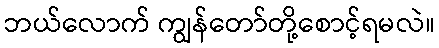
ဘယ်လောက် ကျွန်တော်တို့စောင့်ရမလဲ။